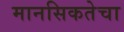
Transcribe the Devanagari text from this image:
मानसिकतेचा